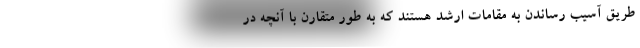
طریق آسیب رساندن به مقامات ارشد هستند که به طور متقارن با آنچه در